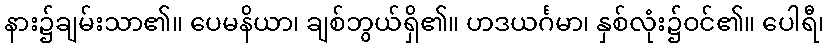
နား၌ချမ်းသာ၏။ ပေမနိယာ၊ ချစ်ဘွယ်ရှိ၏။ ဟဒယင်္ဂမာ၊ နှစ်လုံး၌ဝင်၏။ ပေါရီ၊